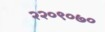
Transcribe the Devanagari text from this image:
२२०९०७०